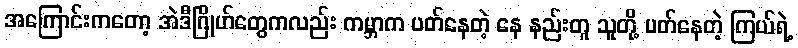
အကြောင်းကတော့ အဲဒီဂြိုဟ်တွေကလည်း ကမ္ဘာက ပတ်နေတဲ့ နေ နည်းတူ သူတို့ ပတ်နေတဲ့ ကြယ်ရဲ့